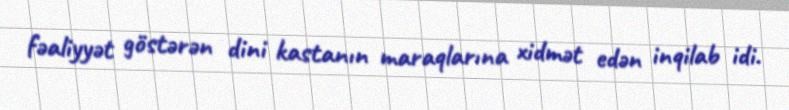
fəaliyyət göstərən dini kastanın maraqlarına xidmət edən inqilab idi.